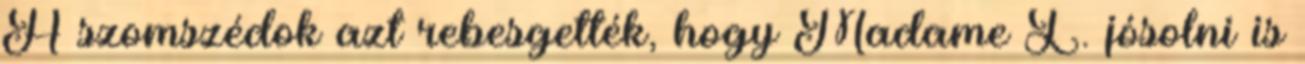
A szomszédok azt rebesgették, hogy Madame L. jósolni is